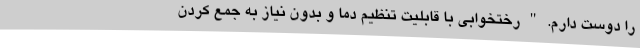
را دوست دارم. " رختخوابی با قابلیت تنظیم دما و بدون نیاز به جمع کردن